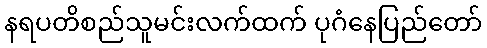
နရပတိစည်သူမင်းလက်ထက် ပုဂံနေပြည်တော်